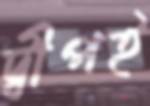
দ্বীপই